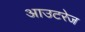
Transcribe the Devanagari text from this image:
आउटरेज